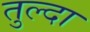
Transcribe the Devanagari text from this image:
तुल्दा